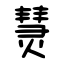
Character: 熭